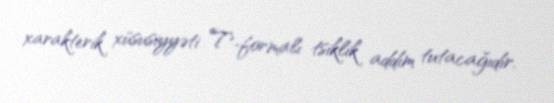
xarakterik xüsusiyyəti T-formalı tsiklik addım tutacağıdır.